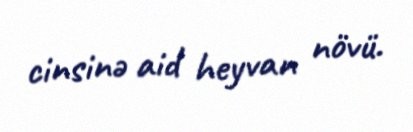
cinsinə aid heyvan növü.